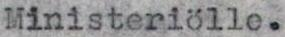
Ministeriölle.